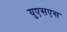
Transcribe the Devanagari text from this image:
युएसएस